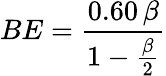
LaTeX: BE={\frac{0.60\, \beta}{1-{\frac{\beta}{2}}}}